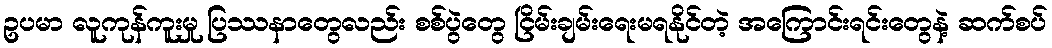
ဥပမာ လူကုန်ကူးမှု ပြဿနာတွေလည်း စစ်ပွဲတွေ ငြိမ်းချမ်းရေးမရနိုင်တဲ့ အကြောင်းရင်းတွေနဲ့ ဆက်စပ်